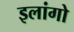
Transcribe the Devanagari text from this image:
इलांगो